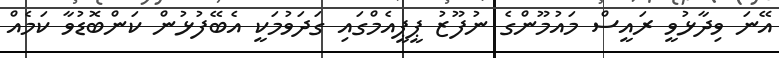
އޭނަ ވިދާޅުވީ ރައީސް މައުމޫންގެ ނުފޫޒު ޕީޕީއެމްގައި ގަދަވުމަކީ އެބޭފުޅުން ކަންބޮޑުވާ ކަމެއް